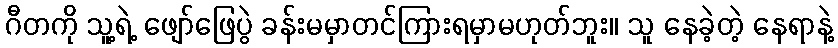
ဂီတကို သူ့ရဲ့ ဖျော်ဖြေပွဲ ခန်းမမှာတင်ကြားရမှာမဟုတ်ဘူး။ သူ နေခဲ့တဲ့ နေရာနဲ့